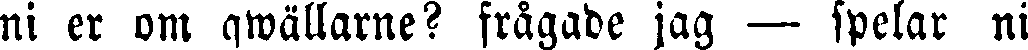
ni er om qwällarne? frågade jag — spelar ni